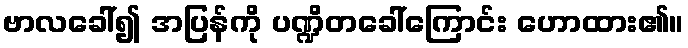
ဗာလခေါ်၍ အပြန်ကို ပဏ္ဍိတခေါ်ကြောင်း ဟောထား၏။